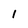
Character: 1